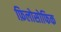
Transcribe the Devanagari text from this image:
फ़िलोसोफिक